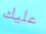
عليك